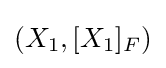
{\textstyle (X_{1},[X_{1}]_{F})}